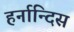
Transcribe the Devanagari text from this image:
हर्नान्दिस